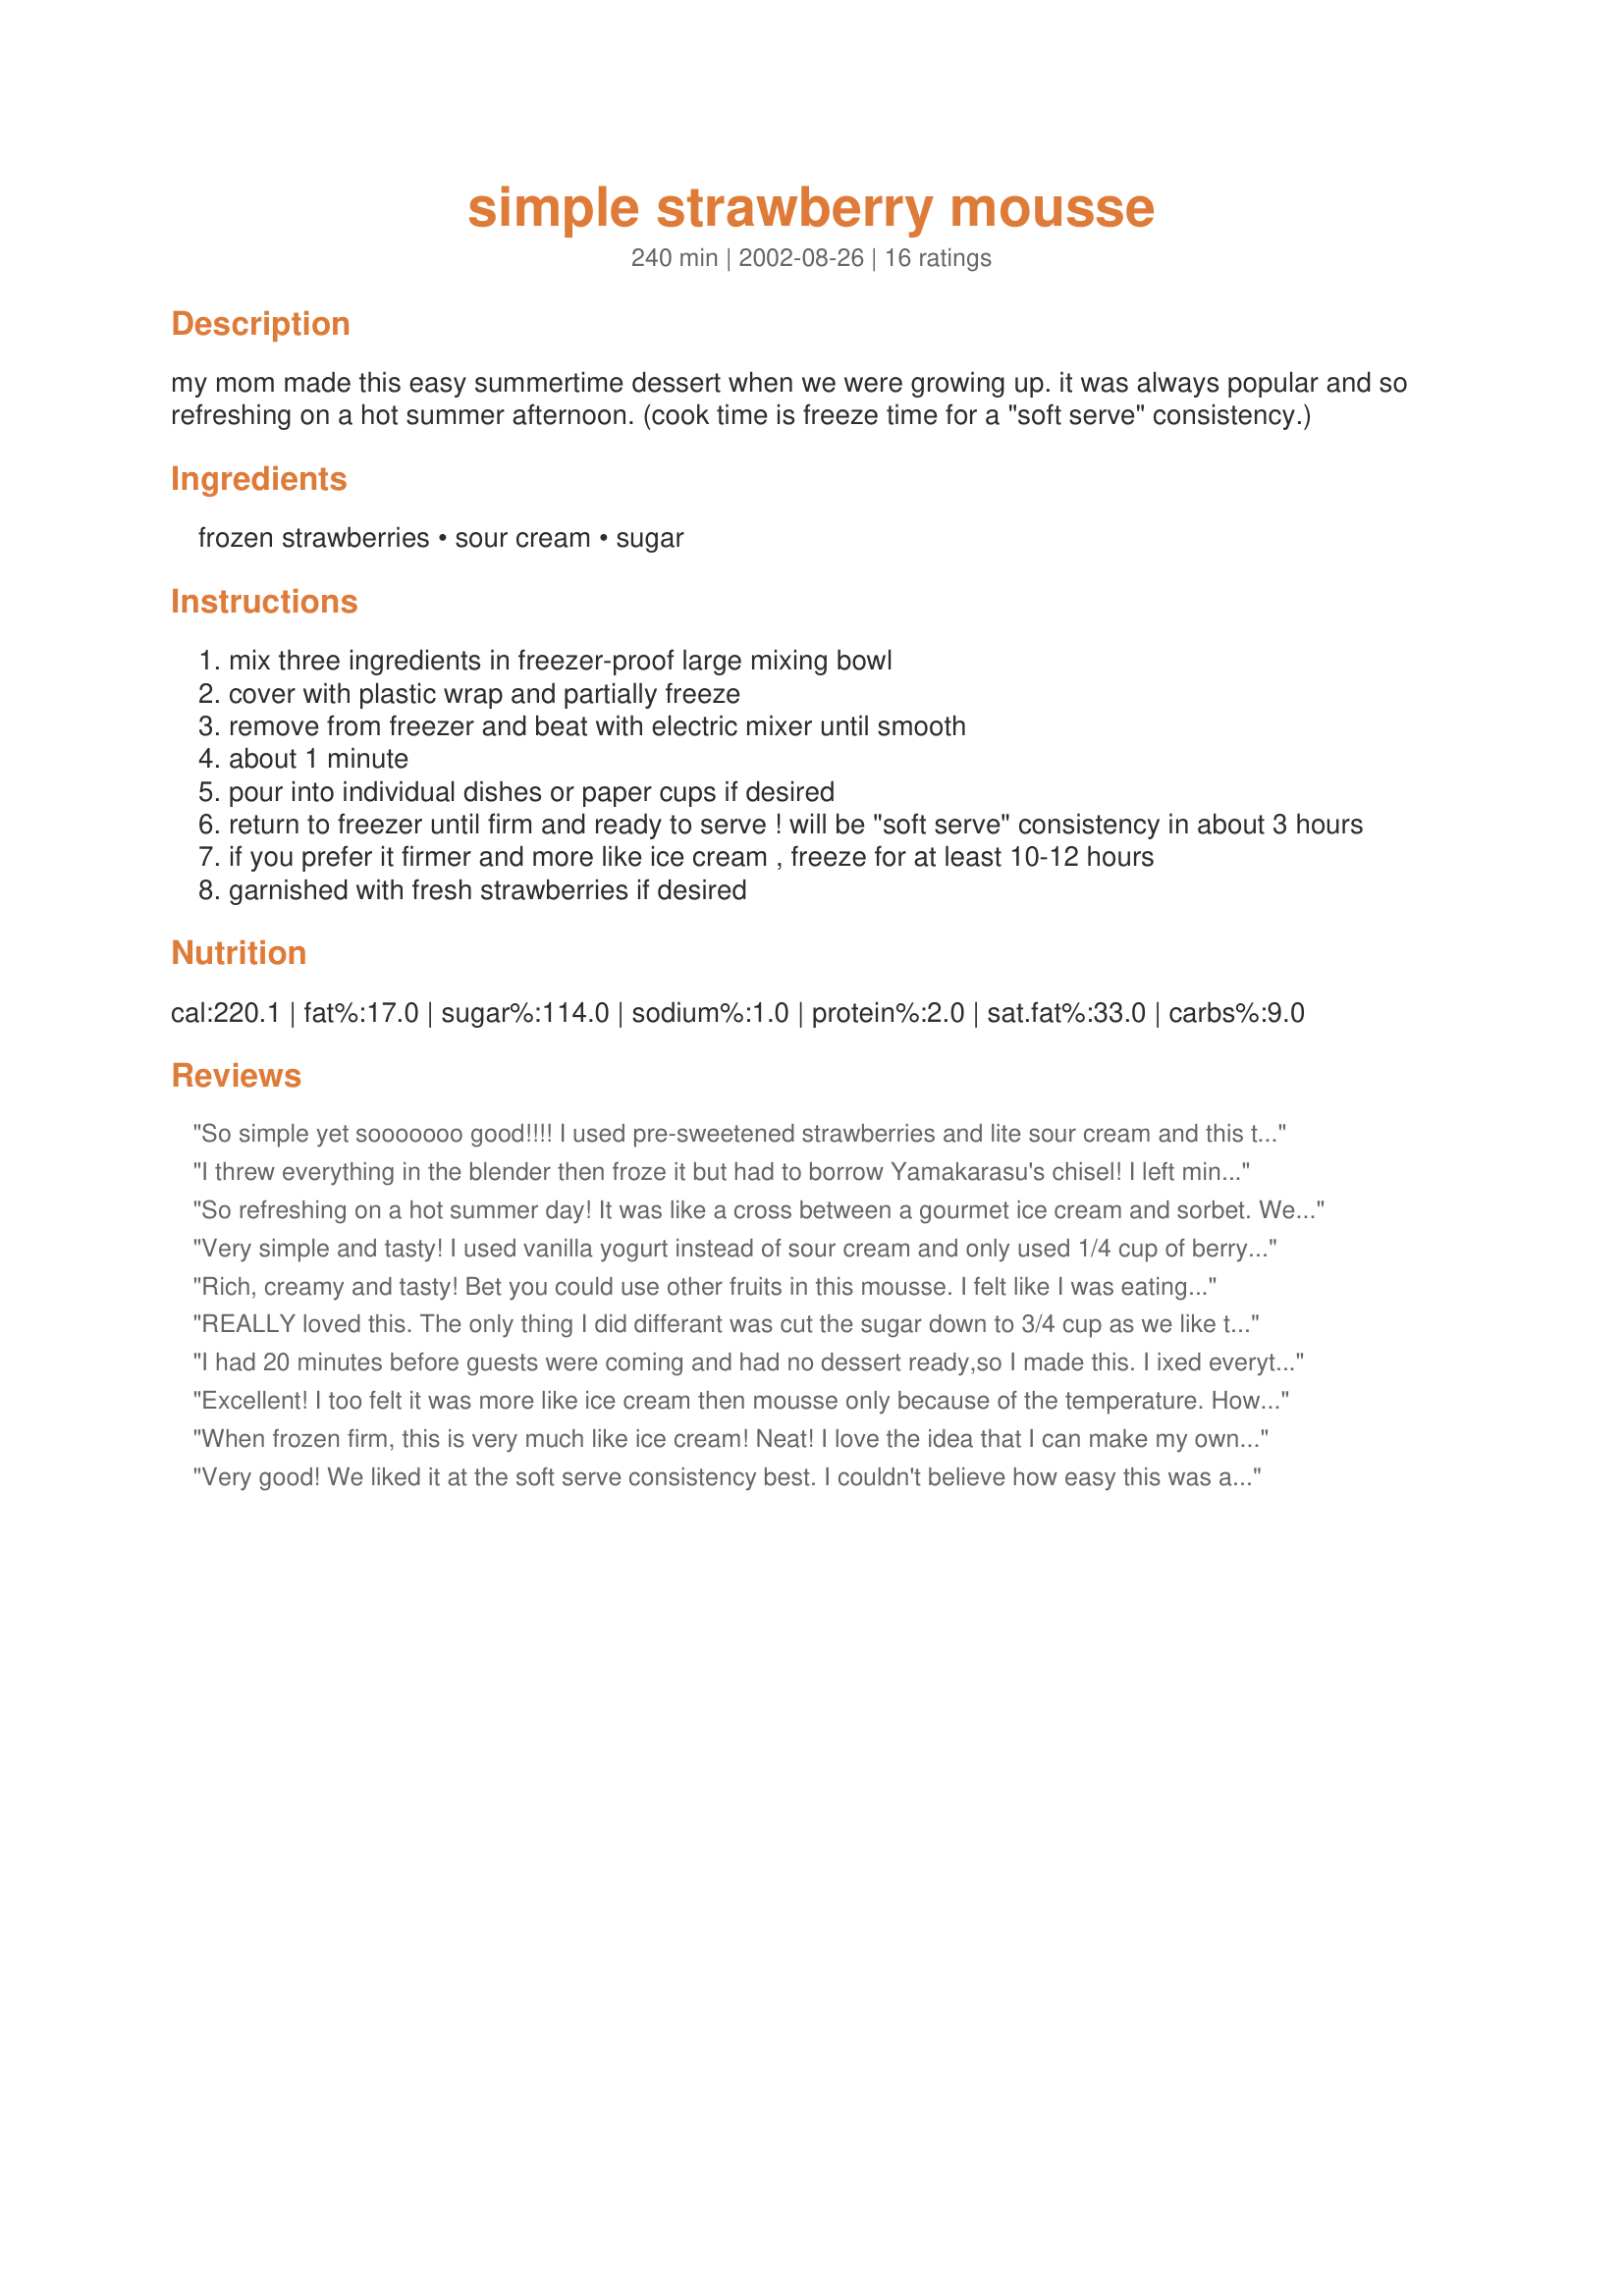
simple strawberry mousse
Preparation time: 240 minutes

my mom made this easy summertime dessert when we were growing up. it was always popular and so refreshing on a hot summer afternoon. (cook time is freeze time for a "soft serve" consistency.)

Ingredients:
frozen strawberries, sour cream, sugar

Steps:
mix three ingredients in freezer-proof large mixing bowl
cover with plastic wrap and partially freeze
remove from freezer and beat with electric mixer until smooth
about 1 minute
pour into individual dishes or paper cups if desired
return to freezer until firm and ready to serve ! will be "soft serve" consistency in about 3 hours
if you prefer it firmer and more like ice cream , freeze for at least 10-12 hours
garnished with fresh strawberries if desired

Reviews:
So simple yet sooooooo good!!!! I used pre-sweetened strawberries and lite sour cream and this turned out great! Next time, I think I'll try strawberry yogurt,in place of the sour cream for an even bigger strawberry taste.
I threw everything in the blender then froze it but had to borrow Yamakarasu's chisel! I left mine in the freezer till it was brick hard also. Everyone enjoyed though! Gonna try this with fresh blueberries next time. made for We're All Making the Same Thing.
So refreshing on a hot summer day! It was like a cross between a gourmet ice cream and sorbet. We loved it. I realized after I had added the strawberries that it was a 16 ox. bag instead of a 10 oz. one. It didn't seem to affect the outcome at all. I also used reduced fat sour cream with excellent results. Prepared for the "Everyone is Making the Same Thing" Challenge #2.
Very simple and tasty! I used vanilla yogurt instead of sour cream and only used 1/4 cup of berry sugar, it turned out very nicely. I let the strawberries thaw a bit then coarse chopped them and then into the food processor added the yogurt and sugar, pulsed twice then into the freezer. I plan on making this again with other seasonal fruit. Made for the "Everyone is making the same thing" challenge in the photo forum.
Rich, creamy and tasty! Bet you could use other fruits in this mousse. I felt like I was eating ice cream. Prepared as a participant in the July 2009 Everybody Making the Same Thing Challenge in the Photo Forum.
REALLY loved this. The only thing I did differant was cut the sugar down to 3/4 cup as we like the tart taste and then topped with fresh whipped cream and a strawberry and tossed in a couple of left over blueberries. Yum; bet this would be good with ANY frozen or fresh fruit - think I might try it with peaches next time. Made for Photo Forum event: Everyone-is-Making-the same-thing-challenge #2
I had 20 minutes before guests were coming and had no dessert ready,so I made this. I ixed everything together and just put it in the fridge. It wasn't quite frozen by dessert time, but that did not matter, it was gone 2 minutes after serving and received so many compliments. Simple, tasty and fresh.
Excellent! I too felt it was more like ice cream then mousse only because of the temperature. However it is decadent enough to serve at your most special occasion. Made for the July 2009 Everybody is Making the Same Thing Challenge in the Photo Forum.
When frozen firm, this is very much like ice cream! Neat! I love the idea that I can make my own fruit-flavored ice-cream and I know what is in it! I haven't tried it yet, but I bet other frozen fruits would be just as good! Splenda and fat free sour cream work just fine. I am thankful for Silent Cricket's contributions on Recipezaar. She will be missed.
Very good! We liked it at the soft serve consistency best. I couldn't believe how easy this was and very tasty with the sour cream. Thank you for a great recipe.
How can something so good be so simple? This is nice, light and refreshing. I made this as written and garnished with sliced fresh strawberries. Toddler DS really enjoyed the 'pink ice cream.' I used fat-free sour cream and left it in a single bowl, serving from that (removed from the freezer at the start of a meal, just to soften enough to serve). The partial freeze took 2-3 hours in my freezer and yet the edges were frozen while the middle was still a bit runny. It was fine in the mixer nonetheless. We will be enjoying this many times, particularly in the summer. I might even try this with some other fruit. Thanks!
This was excellent. I used fat free sour creme and splenda and it made a wonderful mousse. I particularly liked it right after it was whipped. With the fat free sour creme and splenda this works for the WW Core program but so definitely felt like I was getting away with something! Sweet and creamy at the same time. I'll be making this again.
Look, I just made my own ice cream!! Alright, I still need to actually finish the recipe; I was out for a while so the mixture froze completely the first time. So I still need to pull it out, let it thaw and blend it up better. I was impatient to do that though and chizelled my way into having a serving of it, haha. It was mighty tasty! I added just a touch less sugar, and it came out really well. Light, sweet and refreshing. Thanks for a great recipe!
I made this late a night to take to a potluck, but didn't have time to partially freeze and blend it again. It was a little hard after freezing overnight, but I let it sit on the counter for a bit and it softened up. I put it on top of a graham cracker crust, and it turned out SOOOO good. Like a popsicle pie. Mmmm.
Yummy! I used vanilla yogurt. So very good and easy to make! Made for the Everyone is Making the Same Thing Photo event.
I used lite sour cream and frozen strawberries that we had picked last spring. So easy and so good. I will be making this often.
